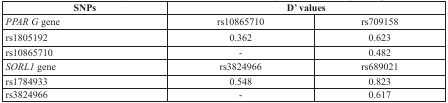
| SNPs | <COLSPAN=2> D’ values |
 | --- | --- | --- |
 | PPAR G gene | rs10865710 | rs709158 |
 | rs1805192 | 0.362 | 0.623 |
 | rs10865710 | - | 0.482 |
 | SORL1 gene | rs3824966 | rs689021 |
 | rs1784933 | 0.548 | 0.823 |
 | rs3824966 | - | 0.617 |